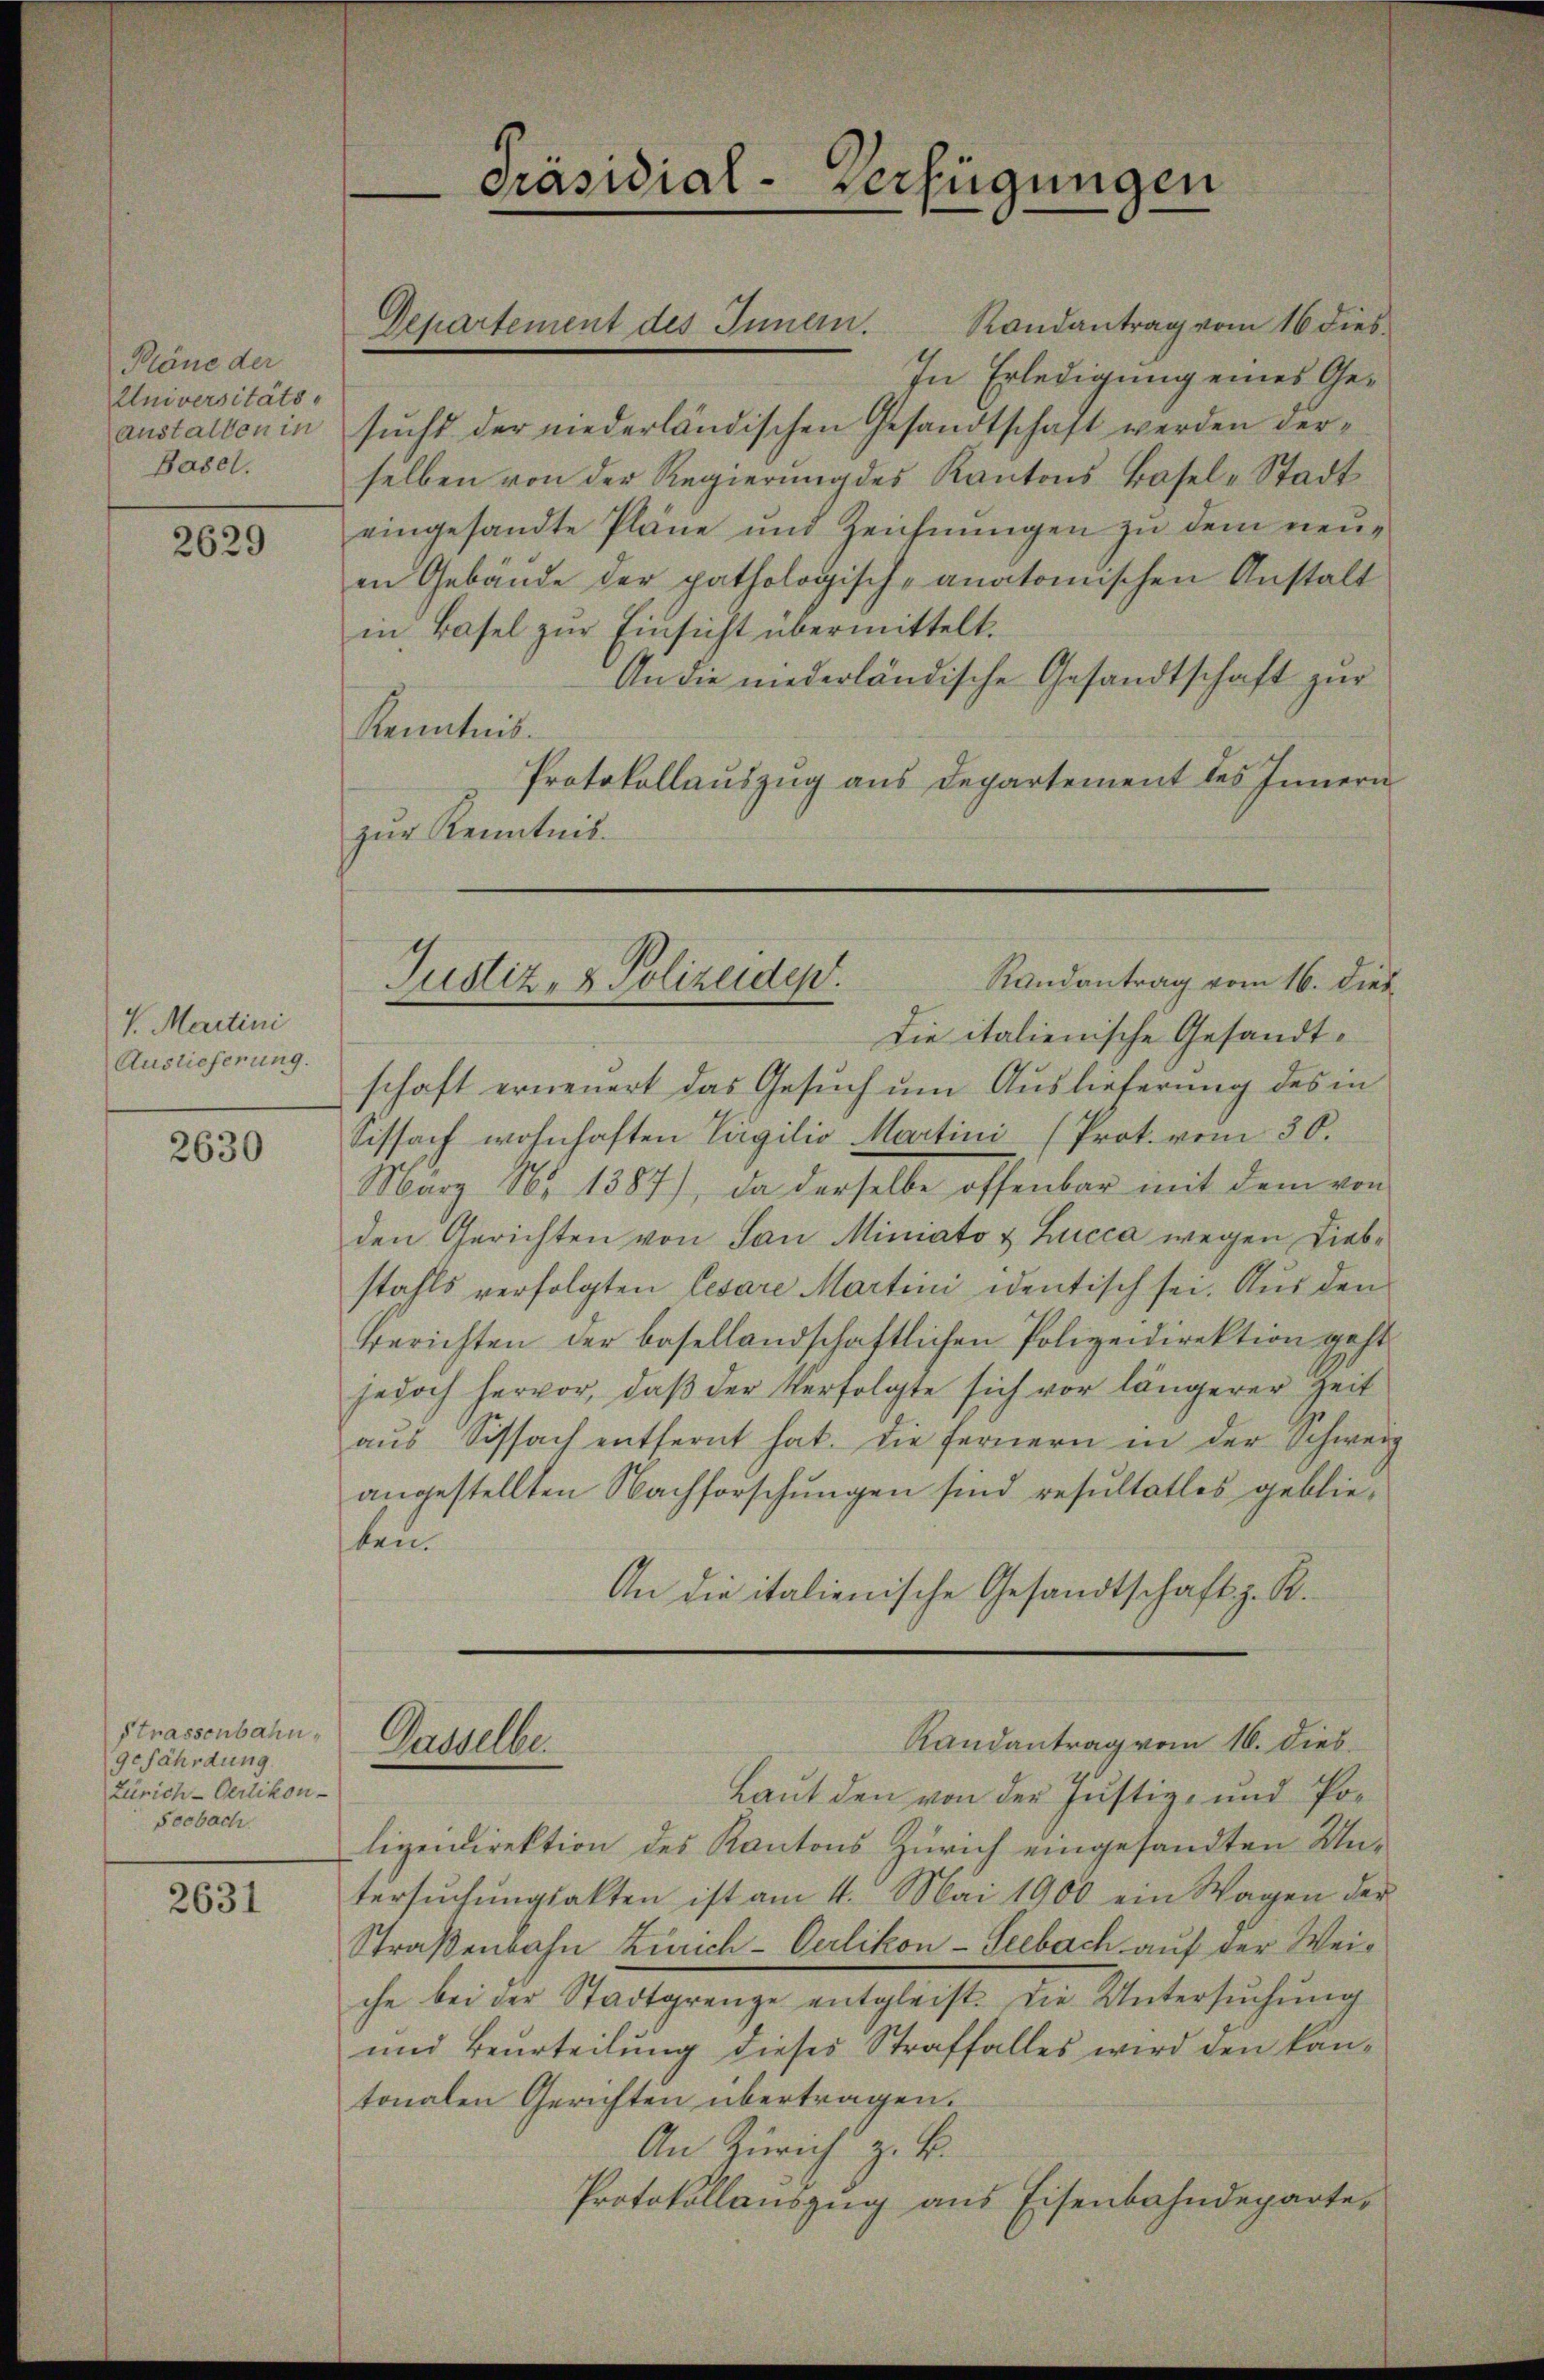
Pläne der
Universitäts-
anstalten in
Basel.

2629

V. Martini
Auslieferung.

2630

Strassenbahn,
gefährdung
Zürich-Oerlikon-
Seebach.

2631

Präsidial-Verfügungen

Departement des Innern.

sucht der niederländischen Gesandtschaft werden verselben von der Regierung des Kantons Basel-Stadt
eingesandte Pläne und Zeichnŭngen zŭ dem neŭ-
en Gebäude der pathologisch-anatomischen Anstalt
in Basel zur Einsicht übermittelt.
An die niederländische Gesandtschaft zur
Kenntnis.
Protokollauszug aus Departement des Innern
zur Kenntnis.
Die italienische Gesandtschaft erneuert das Gesuch um Auslieferung des in
Sissach wohnhaften Vigilio Martini (Prot. vom 30.
Marz No 1387), da derselbe offenbar mit dem von
den Gerichten von San Miniato & Lucca wegen Liebstahls verfolgten Cesare Martini identisch sei. Aus den
Berichten der besellandschaftlichen Polizeidirektion geht.
jedoch hervor, daß der Verfolgte sich vor längerer Zeit
aŭs Sissach entfernt hat. Die fernern in der Schweiz
angestellten Nachforschungen sind resultatlos geblieben.
An die italienische Gesandtschaft z. R.
Randantrag vom 16. Dieb.
Gasselbe.
Laut den von der Justiz- und Polizeidirektion des Kantons Zürich eingesandten Untersuchungsakten ist am 4. Mai 1900 ein Wagen der
Straßenbahn Zürich-Oerlikon-Seebach auf der Weiche bei der Stadtgrenze entgleist. Die Untersuchung
und Beurteilung dieses Straffalles wird den kantonalen Gerichten übertragen.
An Zürich z. B.
Protokollauszug aus Eisenbahndeparte

Randantrag vom 16. Dieb
Justiz- & Polizeidep

Randantrag vom 16 dies
In Erledigung eines Ge¬